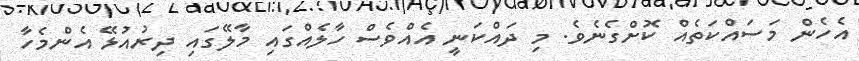
އެހެން މަސައްކަތެއް ކޮށްގެނެވެ. މި ދައްކަނީ އެއްވެސް ހާލެއްގައި މާލޭގައި ދިރުއުޅޭ އެންމެހާ